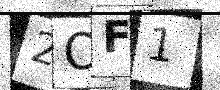
Text: 2OF1